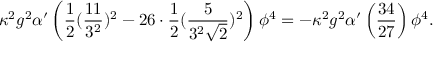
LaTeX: \kappa ^ { 2 } g ^ { 2 } \alpha ^ { \prime } \left( \frac { 1 } { 2 } ( \frac { 1 1 } { 3 ^ { 2 } } ) ^ { 2 } - 2 6 \cdot \frac { 1 } { 2 } ( \frac { 5 } { 3 ^ { 2 } \sqrt { 2 } } ) ^ { 2 } \right) \phi ^ { 4 } = - \kappa ^ { 2 } g ^ { 2 } \alpha ^ { \prime } \left( \frac { 3 4 } { 2 7 } \right) \phi ^ { 4 } .